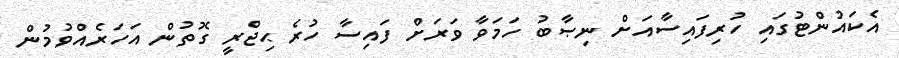
އެކައުންޓުގައި ހުރިފައިސާއަށް ނިޞާބު ހަމަވާ ވަރަށް ފައިސާ ހުރެ ޙިޖްރީ ގޮތުން އަހަރެއްވުމުން